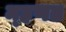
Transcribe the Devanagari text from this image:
म्‍हणत